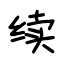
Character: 续